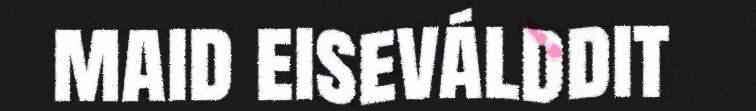
maid eiseválddit